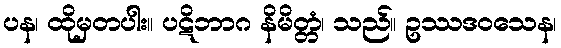
ပန၊ ထိုမှတပါး။ ပဋိဘာဂ နိမိတ္တံ၊ သည်။ ဥဿဒဝသေန၊